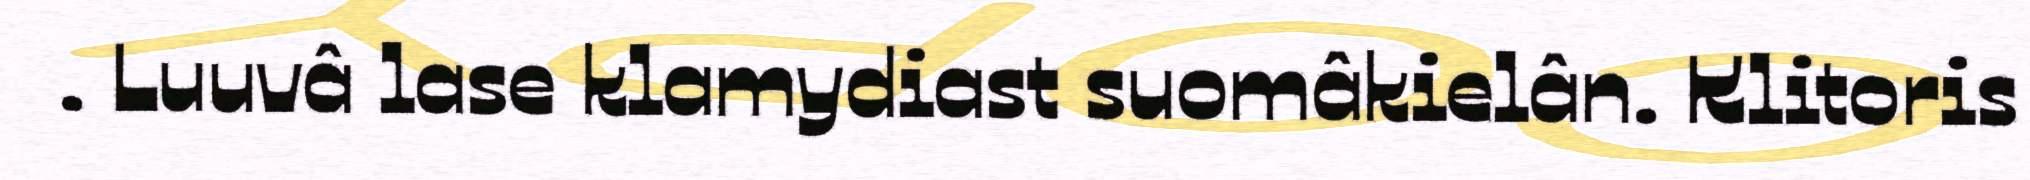
. Luuvâ lase klamydiast suomâkielân. Klitoris